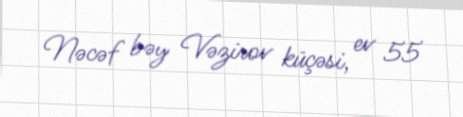
Nəcəf bəy Vəzirov küçəsi, ev 55